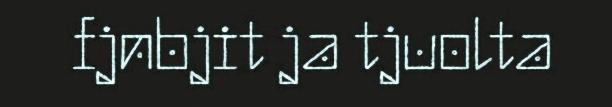
fjnbjit ja tjuolta